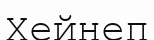
Хейнеп